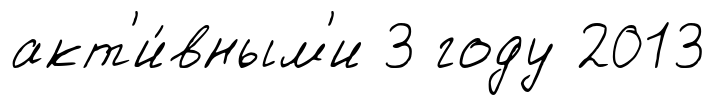
акт'и́вным'и 3 году 2013